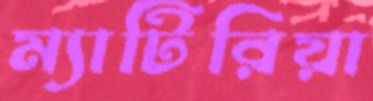
ম্যাটিরিয়া